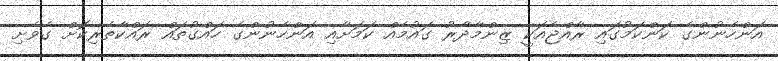
އަންހެނުންގެ ކަންކަމުގައި ރާއްޖެއަކީ ޒިންމާދާރު ގައުމެއް ކަމަށާއި އަންހެނުންގެ ހައްގުތައް ރައްކާތެރިކޮށް ގެވެށި